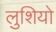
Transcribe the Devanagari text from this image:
लुशियो